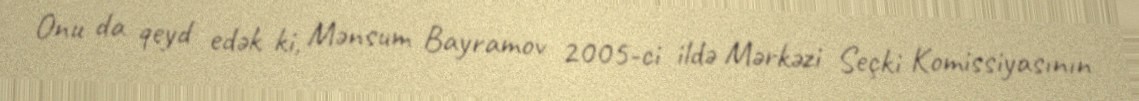
Onu da qeyd edək ki, Mənsum Bayramov 2005-ci ildə Mərkəzi Seçki Komissiyasının